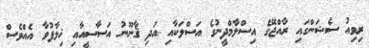
ރިވިއު ސެޝަންގައި ރާއްޖޭގެ އިސްލާމްދީނުގެ އަސްލަކާއި އަދި ޤާނޫނު އަސާސީއާއި ޚިލާފުވާ އެއްވެސް